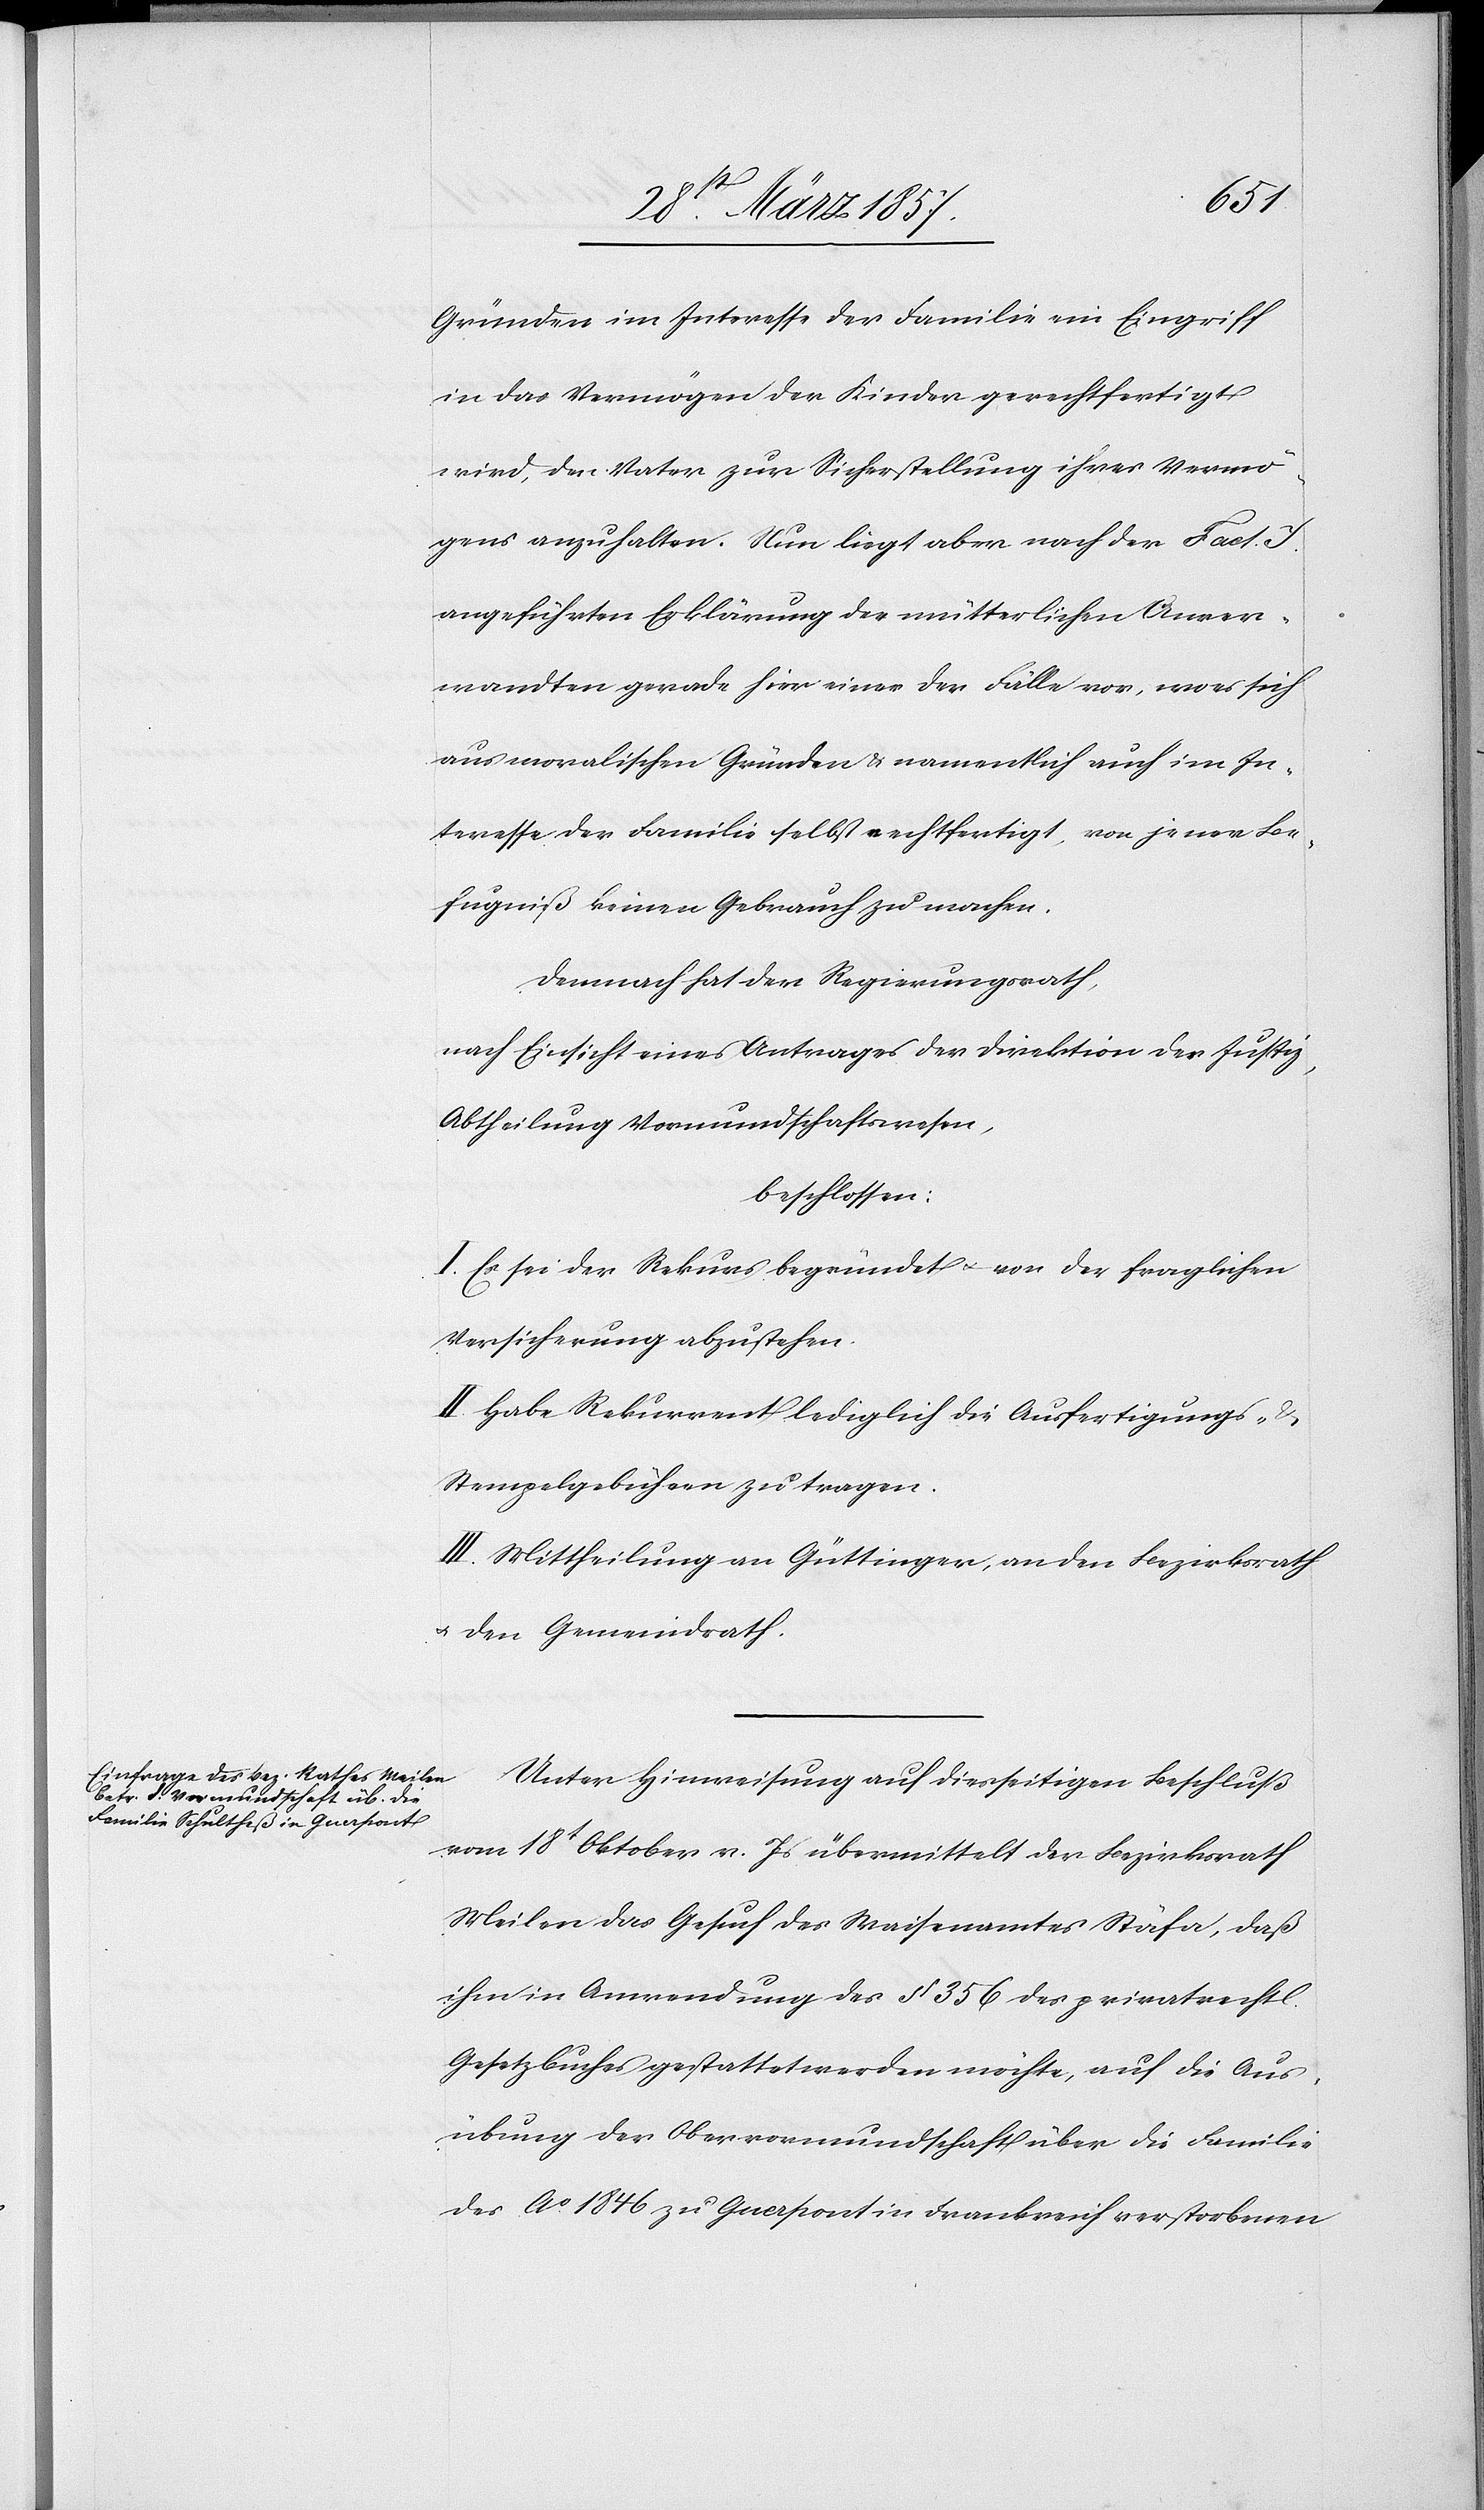
Gründen im Interesse der Familie ein Eingriff
in das Vermögen der Kinder gerechtfertigt
wird, den Vater zur Sicherstellung ihres Vermö¬
gens anzuhalten. Nun liegt aber nach der Fact.
angeführten Erklärung der mütterlichen Anver¬
wandten gerade hier einer der Fälle vor, wo es sich
aus moralischen Gründen u. namentlich auch im In¬
teresse der Familie selbst rechtfertigt, von jener Be¬
fugniß keinen Gebrauch zu machen.
Demnach hat der Regierungsrath,
nach Einsicht eines Antrages der Direktion der Justiz,
Abtheilung Vormundschaftswesen,
beschlossen:
I. Es sei der Rekurs begründet u. von der fraglichen
Versicherung abzustehen.
II. Habe Rekurrent lediglich die Ausfertigungs- &
Stempelgebühren zu tragen.
III. Mittheilung an Güttinger, an den Bezirksrath
u. den Gemeindrath.
Unter Hinweisung auf diesseitigen Beschluß
vom 18t Oktober v. Js übermittelt der Bezirksrath
Meilen das Gesuch des Waisenamtes Stäfa, daß
ihm in Anwendung des § 356 des privatrechtl.
Gesetzbuches gestattet werden möchte, auf die Aus¬
übung der Obervormundschaft über die Familie
des Ao 1846 zu Guerpont in Frankreich verstorbenen